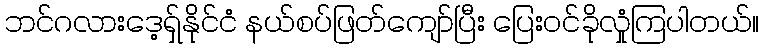
ဘင်ဂလားဒေ့ရှ်နိုင်ငံ နယ်စပ်ဖြတ်ကျော်ပြီး ပြေးဝင်ခိုလှုံကြပါတယ်။